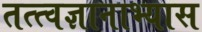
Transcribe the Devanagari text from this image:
तत्त्वज्ञानाभ्यास